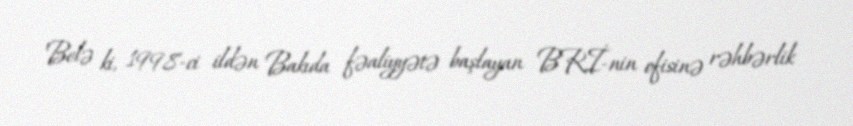
Belə ki, 1998-ci ildən Bakıda fəaliyyətə başlayan BRİ-nin ofisinə rəhbərlik